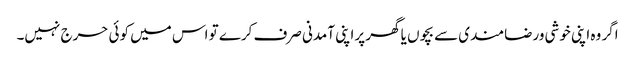
اگر وہ اپنی خوشی ورضامندی سے بچوں یا گھر پراپنی آمدنی صرف کرے تو اس میں کوئی حرج نہیں۔